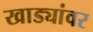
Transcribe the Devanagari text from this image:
खाड्यांवर